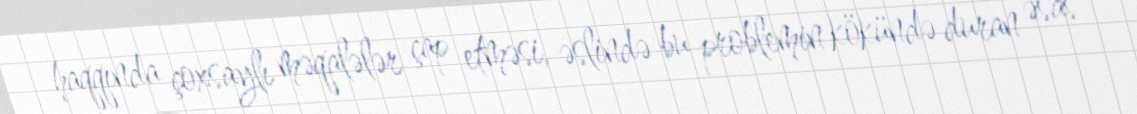
haqqında çoxsaylı məqalələr çap etməsi, əslində bu problemin kökündə duran əsas